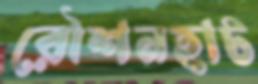
রৌশনহাট